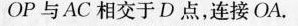
OP与AC相交于D点，连接OA。